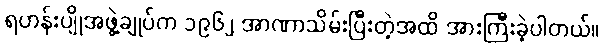
ရဟန်းပျိုအဖွဲ့ချုပ်က ၁၉၆၂ အာဏာသိမ်းပြီးတဲ့အထိ အားကြီးခဲ့ပါတယ်။